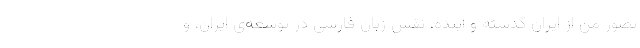
تصور من از ایران گذشته و آینده، نقش زبان فارسی در توسعه‌ی ایران، و